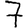
Digit: 7